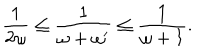
\frac { 1 } { 2 \omega } \leq \frac { 1 } { \omega + \omega ^ { \prime } } \leq \frac { 1 } { \omega + 1 } .